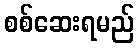
စစ်ဆေးရမည်